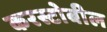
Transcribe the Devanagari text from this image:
करस्टोबील